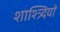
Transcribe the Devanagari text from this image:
शाश्त्र्दियों